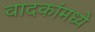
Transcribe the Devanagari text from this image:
वादकांमध्ये